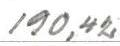
190,42